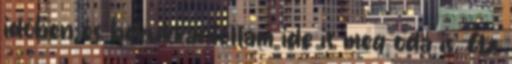
időben és bekukkantottam ide is meg oda is. Az